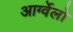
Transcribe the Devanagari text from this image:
आर्ग्वेलो